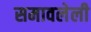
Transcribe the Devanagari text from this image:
समावलेली